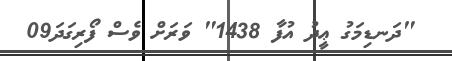
"ދަނޑިމަގު ޢީދު އުފާ 1438" ވަރަށް ވެސް ފޯރިގަދަ09